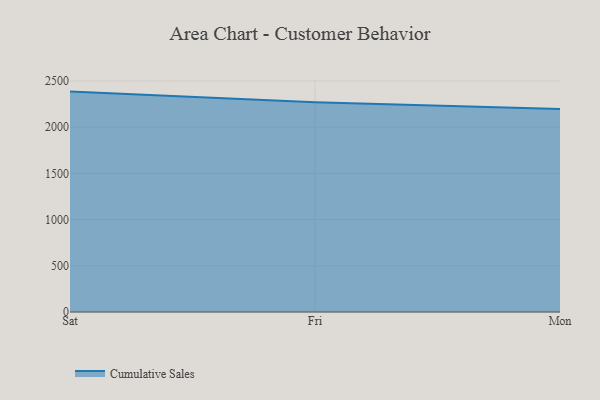
{"axis": {"x": "Day", "y": "Customer Acquisition Cost (USD)"}, "legend": ["Cumulative Sales"], "data": [{"x": "Sat", "y": 2385.4, "type": "Cumulative Sales"}, {"x": "Fri", "y": 2269.7, "type": "Cumulative Sales"}, {"x": "Mon", "y": 2197.0, "type": "Cumulative Sales"}]}